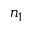
n _ { 1 }